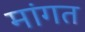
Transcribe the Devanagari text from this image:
मांगत